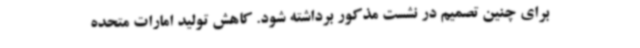
برای چنین تصمیم در نشست مذکور برداشته شود. کاهش تولید امارات متحده